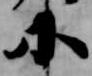
小